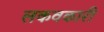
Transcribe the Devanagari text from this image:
लकवकारी